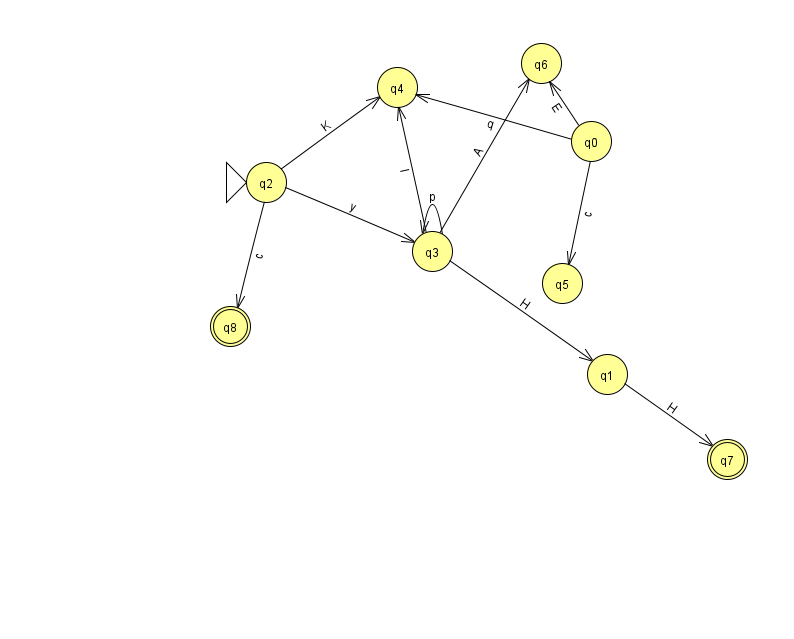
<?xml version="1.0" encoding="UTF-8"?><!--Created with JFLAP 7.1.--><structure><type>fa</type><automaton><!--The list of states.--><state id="0" name="q0"><x>591.0</x><y>128.0</y></state><state id="1" name="q1"><x>607.0</x><y>361.0</y></state><state id="2" name="q2"><x>266.0</x><y>169.0</y><initial/></state><state id="3" name="q3"><x>432.0</x><y>238.0</y></state><state id="4" name="q4"><x>397.0</x><y>74.0</y></state><state id="5" name="q5"><x>562.0</x><y>270.0</y></state><state id="6" name="q6"><x>541.0</x><y>50.0</y></state><state id="7" name="q7"><x>727.0</x><y>446.0</y><final/></state><state id="8" name="q8"><x>230.0</x><y>313.0</y><final/></state><!--The list of transitions.--><transition><from>3</from><to>3</to><read>p</read></transition><transition><from>3</from><to>1</to><read>H</read></transition><transition><from>1</from><to>7</to><read>H</read></transition><transition><from>2</from><to>4</to><read>K</read></transition><transition><from>3</from><to>4</to><read>l</read></transition><transition><from>0</from><to>6</to><read>E</read></transition><transition><from>3</from><to>6</to><read>A</read></transition><transition><from>2</from><to>3</to><read>y</read></transition><transition><from>2</from><to>8</to><read>c</read></transition><transition><from>0</from><to>4</to><read>q</read></transition><transition><from>0</from><to>5</to><read>c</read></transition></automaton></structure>